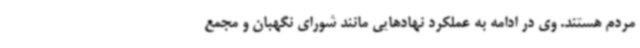
مردم هستند. وی در ادامه به عملکرد نهادهایی مانند شورای نگهبان و مجمع